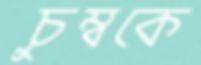
চুম্বকে